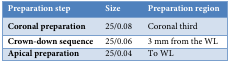
<table><thead><tr><td><b>Preparation step</b></td><td><b>Size</b></td><td><b>Preparation region</b></td></tr></thead><tbody><tr><td><b>Coronal preparation</b></td><td>25/0.08 </td><td>Coronal third </td></tr><tr><td><b>Crown-down sequence</b></td><td>25/0.06 </td><td>3 mm from the WL</td></tr><tr><td><b>Apical preparation</b></td><td>25/0.04 </td><td>To WL</td></tr></tbody></table>